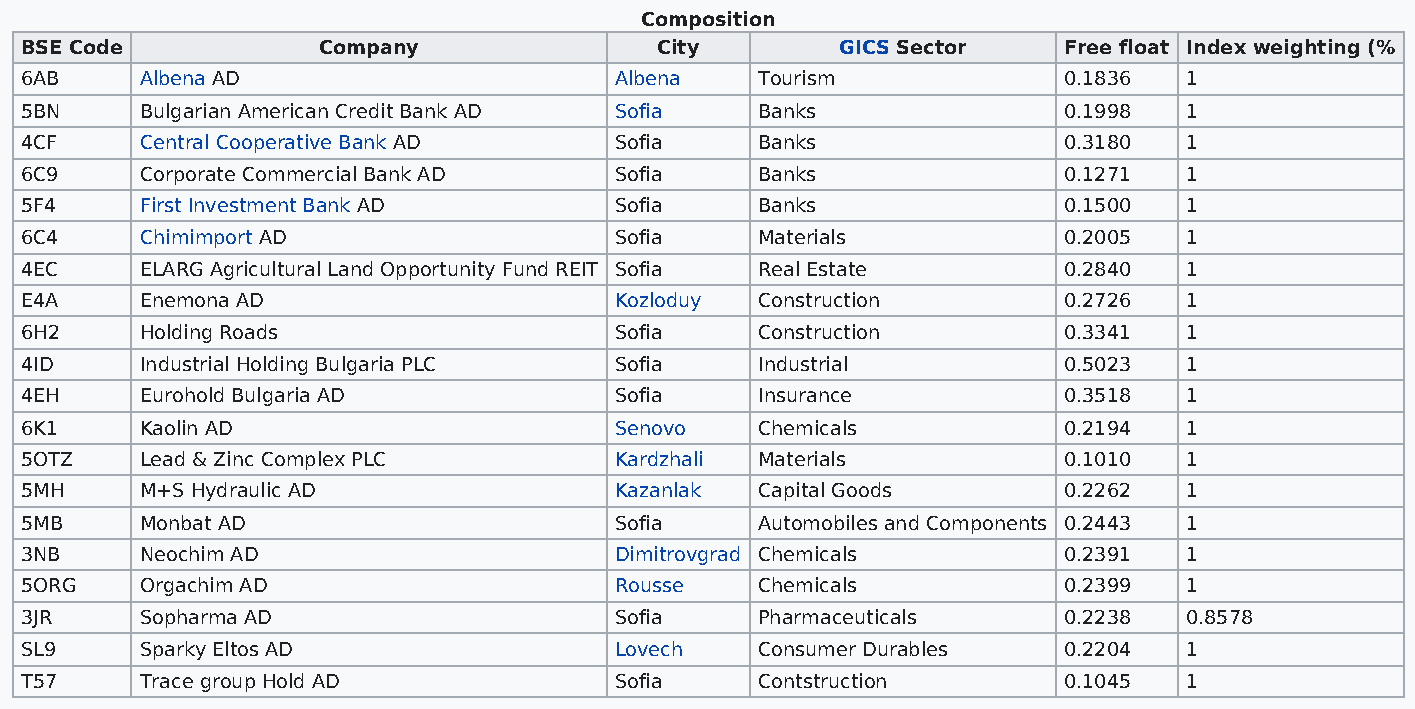
Composition
 BSE Code            Company               City         GICS Sector   Free float Index weighting (%
 6AB     Albena AD                       Albena   Tourism             0.1836  1
 5BN     Bulgarian American Credit Bank AD Sofia  Banks               0.1998  1
 4CF     Central Cooperative Bank AD     Sofia    Banks               0.3180  1
 6C9     Corporate Commercial Bank AD    Sofia    Banks               0.1271  1
 5F4     First Investment Bank AD        Sofia    Banks               0.1500  1
 6C4     Chimimport AD                   Sofia    Materials           0.2005  1
 4EC     ELARG Agricultural Land Opportunity Fund REIT Sofia Real Estate 0.2840 1
 E4A     Enemona AD                      Kozloduy Construction        0.2726  1
 6H2     Holding Roads                   Sofia    Construction        0.3341  1
 4ID     Industrial Holding Bulgaria PLC Sofia    Industrial          0.5023  1
 4EH     Eurohold Bulgaria AD            Sofia    Insurance           0.3518  1
 6K1     Kaolin AD                       Senovo   Chemicals           0.2194  1
 5OTZ    Lead & Zinc Complex PLC         Kardzhali Materials          0.1010  1
 5MH     M+S Hydraulic AD                Kazanlak Capital Goods       0.2262  1
 5MB     Monbat AD                       Sofia    Automobiles and Components 0.2443 1
 3NB     Neochim AD                      Dimitrovgrad Chemicals       0.2391  1
 5ORG    Orgachim AD                     Rousse   Chemicals           0.2399  1
 3JR     Sopharma AD                     Sofia    Pharmaceuticals     0.2238  0.8578
 SL9     Sparky Eltos AD                 Lovech   Consumer Durables   0.2204  1
 T57     Trace group Hold AD             Sofia    Contstruction       0.1045  1